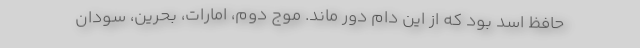
حافظ اسد بود که از این دام دور ماند. موج دوم، امارات، بحرین، سودان